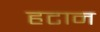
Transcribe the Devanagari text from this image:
हटान